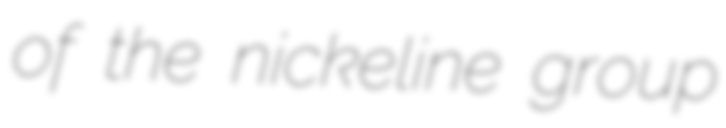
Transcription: of the nickeline group